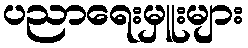
ပညာရေးမှူးများ